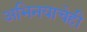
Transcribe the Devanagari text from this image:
अभिनयाचेही